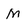
Character: M